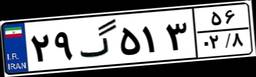
۶۹گ۷۷۳۴۰